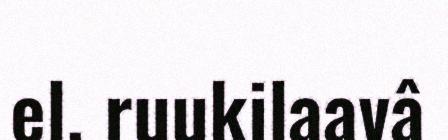
el. ruukilaavâ